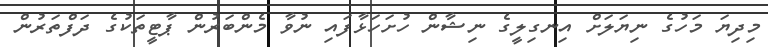
މިދިޔަ މަހުގެ ނިޔަލަށް އިނގިލީގެ ނިޝާން ހުށަހަޅާފައި ނުވާ މެންބަރުން ޕާޓީތަކުގެ ދަފްތަރުން